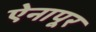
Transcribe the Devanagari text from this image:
ऐनापूर